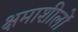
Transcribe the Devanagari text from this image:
क्षमाशीलों